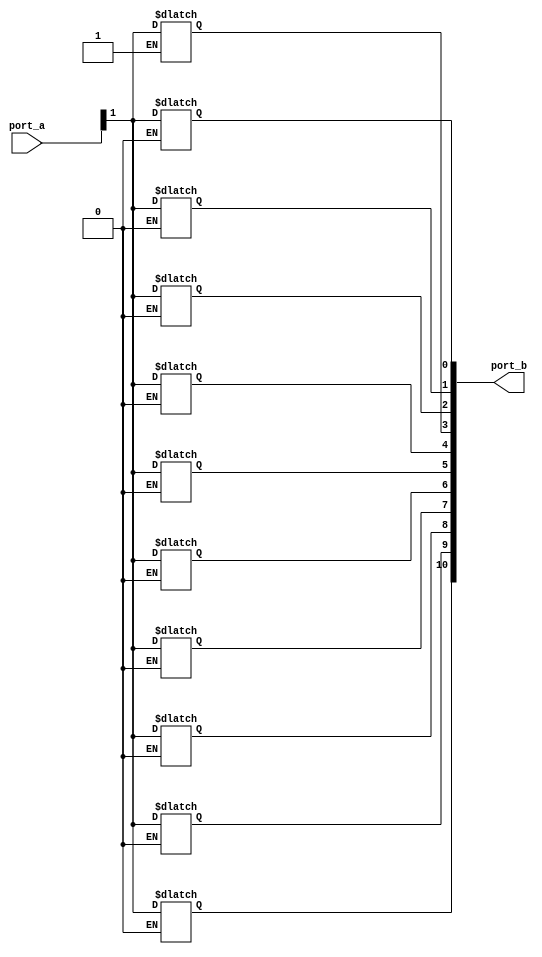
module IDX_NR_DTTY (port_a , port_b);
   input [10:0] port_a;
   output reg [10:0] port_b;
   integer port_index;
   assign port_index = 3;
   always @ (port_a or port_index)
   begin
      port_b[port_index] = port_a[1];
   end
endmodule